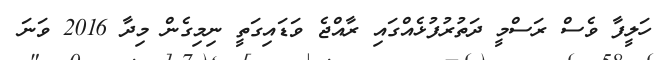
ހަލީފާ ވެސް ރަސްމީ ދަތުރުފުޅެއްގައި ރާއްޖެ ވަޑައިގަތީ ނިމިގެން މިދާ 2016 ވަނަ